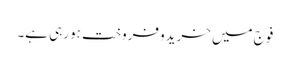
فوج میں خریدو فروخت ہو رہی ہے۔